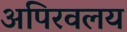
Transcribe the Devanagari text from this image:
अपिरवलय